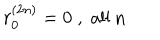
LaTeX: r _ { 0 } ^ { ( 2 n ) } = 0 \; , \; \mathrm { a l l ~ n }